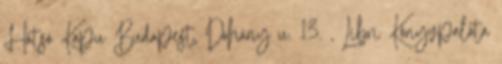
Hátsó Kapu Budapest, Dohány u. 13. , Libri Könyvpalota